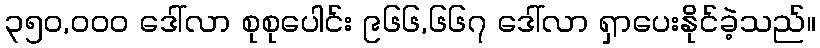
၃၅၀,၀၀၀ ဒေါ်လာ စုစုပေါင်း ၉၆၆,၆၆၇ ဒေါ်လာ ရှာပေးနိုင်ခဲ့သည်။